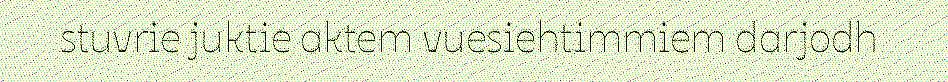
stuvrie juktie aktem vuesiehtimmiem darjodh